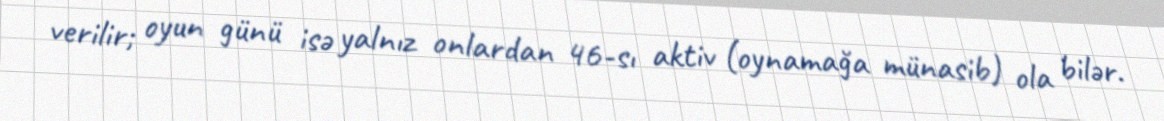
verilir; oyun günü isə yalnız onlardan 46-sı aktiv (oynamağa münasib) ola bilər.